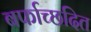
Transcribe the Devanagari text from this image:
बर्फाच्छदित